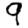
Digit: 9